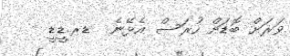
ވަރަށް ބޮޑަށް ހުރަސް އެޅޭނެ  ޑރ.ޑީޑީ